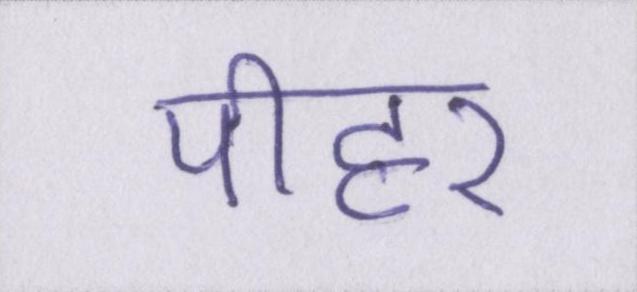
पीहर